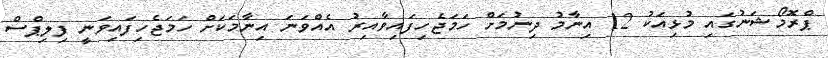
ޕްރޮމޯޝަނުގައި މުޅިއަކު 12 އިނާމު ދިނުމަށް ހަމަޖެހިފައިވާއިރު އެއްވަަަނަ އިނާމަކަށް ހަމަޖެހިފައިވަނީ ފިލިޕްސް